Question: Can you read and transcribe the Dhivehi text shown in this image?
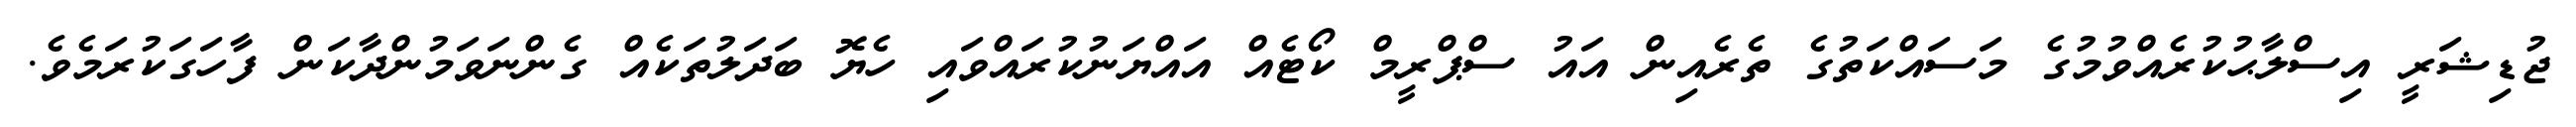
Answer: ޖުޑިޝަރީ އިސްލާޙުކުރެއްވުމުގެ މަސައްކަތުގެ ތެރެއިން އައު ސްޕްރީމް ކޯޓެއް އައްޔަނުކުރައްވައި ހެޔޮ ބަދަލުތަކެއް ގެންނަވަމުންދާކަން ފާހަގަކުރަމެވެ.